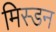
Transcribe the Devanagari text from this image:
मिस्डन